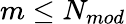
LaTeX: m\leq N_{mod}